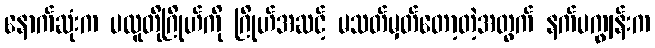
နောက်ဆုံးက ပလူတိုဂြိုဟ်ကို ဂြိုဟ်အဆင့် မသတ်မှတ်တော့တဲ့အတွက် နက်ပကျွန်းက